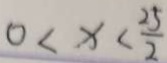
0 < x < \frac { 2 5 } { 2 }